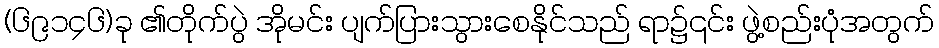
(၆၉၁၄၆)ခု ၏တိုက်ပွဲ အိုမင်း ပျက်ပြားသွားစေနိုင်သည် ရာ၌၎င်း ဖွဲ့စည်းပုံအတွက်